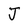
Character: J